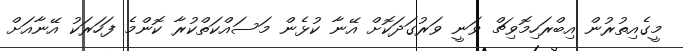
މީގެއިތުރުން އިބްރަހިމޮވިޗް ވަނީ ވަރުގަދަކޮށް އޭނާ ކުޅެން މަސައްކަތްކުރާ ކޮންމެ ފަހަރަކު އޭނާއަށް